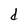
Character: d